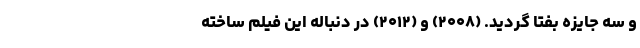
و سه جایزهٔ بفتا گردید. (۲۰۰۸) و (۲۰۱۲) در دنبالهٔ این فیلم ساخته